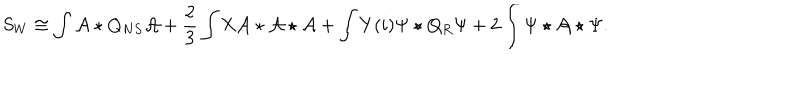
S _ { W } \cong \int \mathcal { A } \star Q _ { N S } \mathcal { A } + \frac 2 3 \int \mathrm { X } \mathcal { A } \star \mathcal { A } \star \mathcal { A } + \int Y ( i ) \Psi \star Q _ { R } \Psi + 2 \int \Psi \star \mathcal { A } \star \Psi .